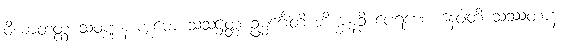
ဝိဃာတတ္ထံ သံဝဏ္ဏနာက္ကမော သံသဋ္ဌတ္တံ ဥမ္မင်္ဂေါတိ ဘိက္ခူနဉှိ ပေရဏေ နေဝါတိ သဿတာနံ